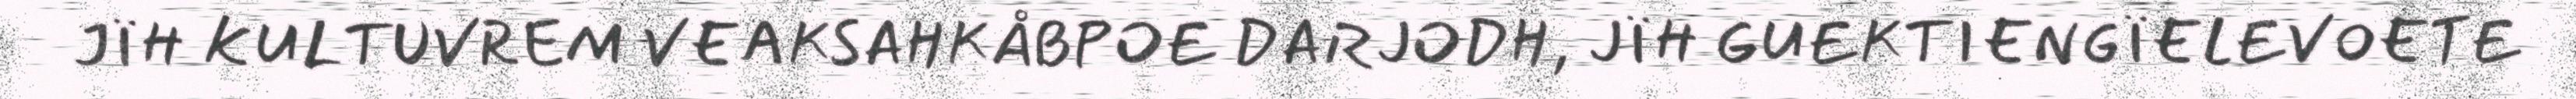
JÏH KULTUVREM VEAKSAHKÅBPOE DARJODH, JÏH GUEKTIENGÏELEVOETE